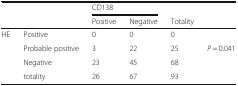
| <ROWSPAN=2>  | <ROWSPAN=2>  | <COLSPAN=2> CD138 |  | <ROWSPAN=2>  |
 | Positive | Negative | Totality |
 | --- | --- | --- | --- | --- | --- |
 | HE | Positive | 0 | 0 | 0 |  |
 | <ROWSPAN=2>  | Probable positive | 3 | 22 | 25 | P = 0.041 |
 | Negative | 23 | 45 | 68 |  |
 |  | totality | 26 | 67 | 93 |  |